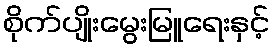
စိုက်ပျိုးမွေးမြူရေးနှင့်